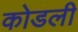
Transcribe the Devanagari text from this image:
कोडली